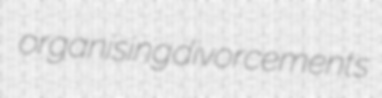
organising divorcements